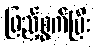
ဖြည့်စွက်ပြီး